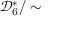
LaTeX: { \mathcal { D } } _ { 6 } ^ { * } / \sim